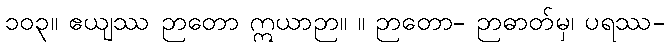
၁၀၃။ ဧယျဿ ဉာတော ဣယာဉာ။ ။ ဉာတော- ဉာဓာတ်မှ၊ ပရဿ-